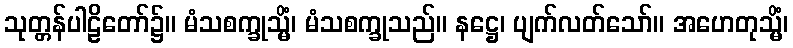
သုတ္တန်ပါဠိတော်၌။ မံသစက္ခုသ္မိံ၊ မံသစက္ခုသည်။ နဋ္ဌေ၊ ပျက်လတ်သော်။ အဟေတုသ္မိံ၊